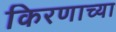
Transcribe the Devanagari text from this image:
किरणाच्या